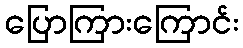
ပြောကြားကြောင်း